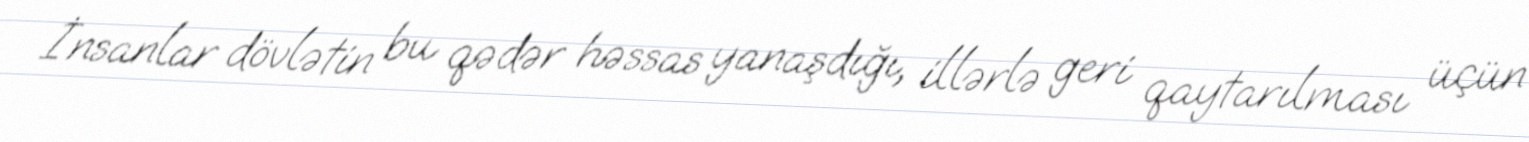
İnsanlar dövlətin bu qədər həssas yanaşdığı, illərlə geri qaytarılması üçün